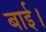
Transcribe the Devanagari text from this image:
बाई।